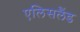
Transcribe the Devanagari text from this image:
एलिसलैंड